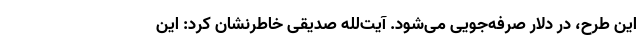
این طرح، در دلار صرفه‌جویی می‌شود. آیت‌لله صدیقی خاطرنشان کرد: این